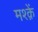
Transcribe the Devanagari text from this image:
मश्क़ें